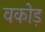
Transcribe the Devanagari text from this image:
वकोड़